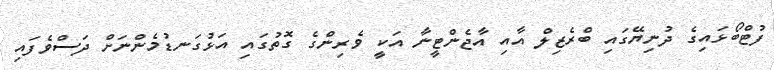
ފުޓްބޯޅައިގެ ދުނިޔޭގައި ބްރެޒިލް އާއި އާޖެންޓީނާ އަކީ ވެރިންގެ ގޮތުގައި އަޅުގަނޑުމެންނަށް ދަސްވެފައި